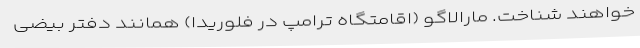
خواهند شناخت. مارالاگو (اقامتگاه ترامپ در فلوریدا) همانند دفتر بیضی